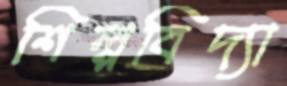
শিল্পবিদ্যা